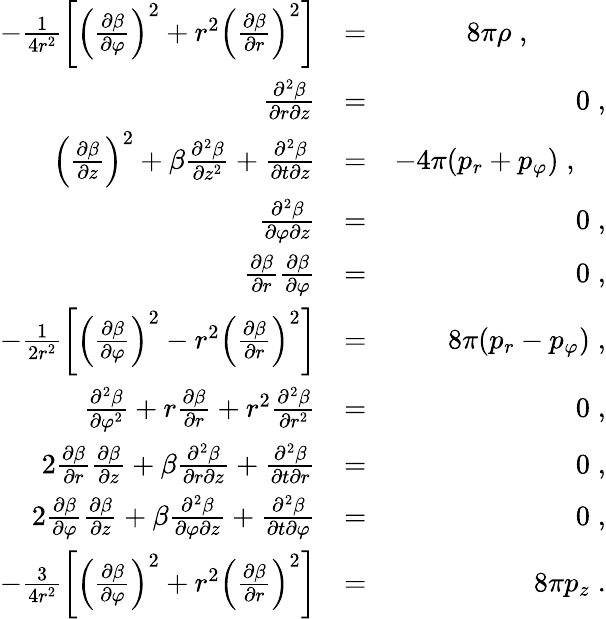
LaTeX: \begin{array}{rlr}{-\frac{1}{4r^{2}}\left[\left(\frac{\partial\beta}{\partial\varphi}\right)^{2}+r^{2}\left(\frac{\partial\beta}{\partial r}\right)^{2}\right]}&{=}&{8\pi\rho\; ,\; \; \; \; \; \; \; \; \; \; }\\ {\frac{\partial^{2}\beta}{\partial r\partial z}}&{=}&{0\; ,}\\ {\left(\frac{\partial\beta}{\partial z}\right)^{2}+\beta\frac{\partial^{2}\beta}{\partial z^{2}}+\frac{\partial^{2}\beta}{\partial t\partial z}}&{=}&{-4\pi(p_{r}+p_{\varphi})\; ,\; \; \; \; }\\ {\frac{\partial^{2}\beta}{\partial\varphi\partial z}}&{=}&{0\; ,}\\ {\frac{\partial\beta}{\partial r}\frac{\partial\beta}{\partial\varphi}}&{=}&{0\; ,}\\ {-\frac{1}{2r^{2}}\left[\left(\frac{\partial\beta}{\partial\varphi}\right)^{2}-r^{2}\left(\frac{\partial\beta}{\partial r}\right)^{2}\right]}&{=}&{8\pi(p_{r}-p_{\varphi})\; ,}\\ {\frac{\partial^{2}\beta}{\partial\varphi^{2}}+r\frac{\partial\beta}{\partial r}+r^{2}\frac{\partial^{2}\beta}{\partial r^{2}}}&{=}&{0\; ,}\\ {2\frac{\partial\beta}{\partial r}\frac{\partial\beta}{\partial z}+\beta\frac{\partial^{2}\beta}{\partial r\partial z}+\frac{\partial^{2}\beta}{\partial t\partial r}}&{=}&{0\; ,}\\ {2\frac{\partial\beta}{\partial\varphi}\frac{\partial\beta}{\partial z}+\beta\frac{\partial^{2}\beta}{\partial\varphi\partial z}+\frac{\partial^{2}\beta}{\partial t\partial\varphi}}&{=}&{0\; ,}\\ {-\frac{3}{4r^{2}}\left[\left(\frac{\partial\beta}{\partial\varphi}\right)^{2}+r^{2}\left(\frac{\partial\beta}{\partial r}\right)^{2}\right]}&{=}&{8\pi p_{z}\; .}\end{array}